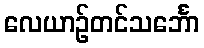
လေယာဉ်တင်သင်္ဘော